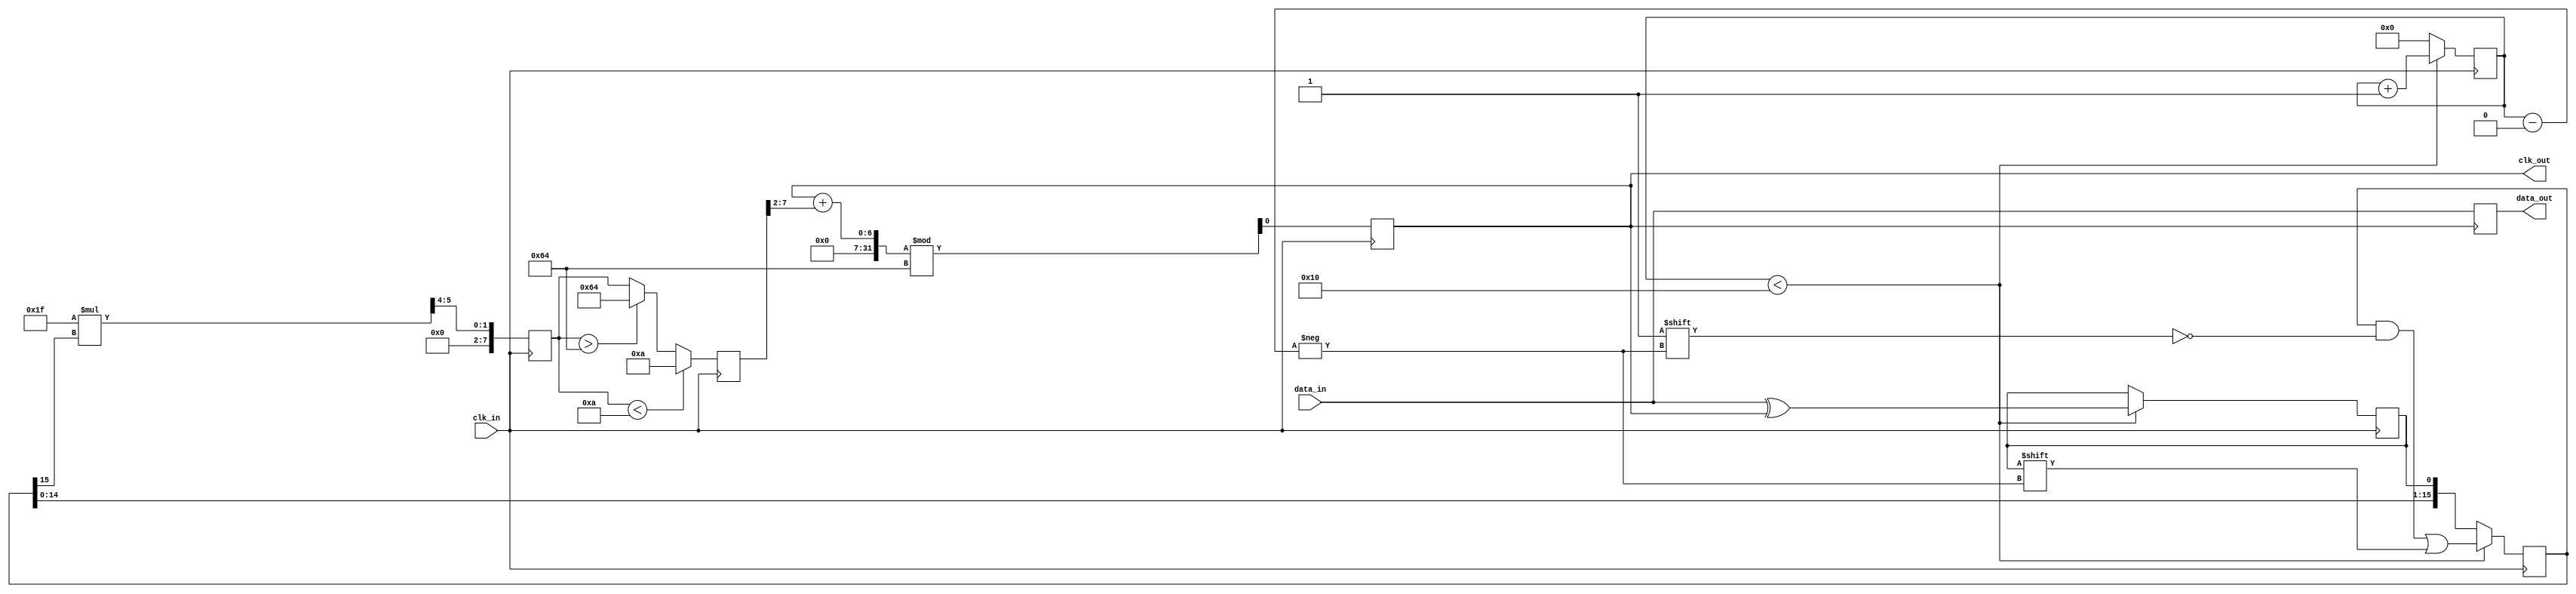
module ClockRecoveryPLL (
    input wire clk_in,          // Incoming data clock
    input wire data_in,         // Incoming data stream
    output reg clk_out,         // Recovered clock output
    output reg data_out         // Sampled data output
);

// Parameters
parameter N = 16;              // Number of samples for phase detection
parameter LF_GAIN = 8'h1F;     // Loop filter gain
parameter VCO_MAX = 100;       // Max VCO frequency
parameter VCO_MIN = 10;        // Min VCO frequency

// Internal signals
reg [N-1:0] phase_error;       // Phase error signal
reg [7:0] control_voltage;      // Control voltage for VCO
reg [7:0] vco_frequency;        // Current VCO frequency
reg [N-1:0] memory_block;       // Memory block for phase info
reg [3:0] sample_count;         // Sample counter
reg phase_detector_out;         // Output of phase detector

// Phase Detector
always @(posedge clk_in) begin
    if (sample_count < N) begin
        // Sample the data and compare with the clock
        phase_detector_out <= data_in ^ clk_out; // XOR for phase detection
        phase_error[sample_count] <= phase_detector_out;
        sample_count <= sample_count + 1;
    end else begin
        // Compute phase error
        phase_error <= {phase_error[N-2:0], phase_detector_out}; // Shift register
        sample_count <= 0; // Reset counter
    end
end

// Loop Filter
always @(posedge clk_in) begin
    // Simple low-pass filter
    control_voltage <= (LF_GAIN * phase_error[N-1]) >> 4; // Scale down by 16
end

// Voltage-Controlled Oscillator (VCO)
always @(posedge clk_in) begin
    // Adjust frequency based on control voltage
    if (control_voltage < VCO_MIN)
        vco_frequency <= VCO_MIN;
    else if (control_voltage > VCO_MAX)
        vco_frequency <= VCO_MAX;
    else
        vco_frequency <= control_voltage;

    // Generate output clock based on VCO frequency
    clk_out <= (clk_out + (vco_frequency >> 2)) % VCO_MAX; // Simple clock generation
end

// Data Sampling
always @(posedge clk_out) begin
    data_out <= data_in; // Sample data based on recovered clock
end

endmodule